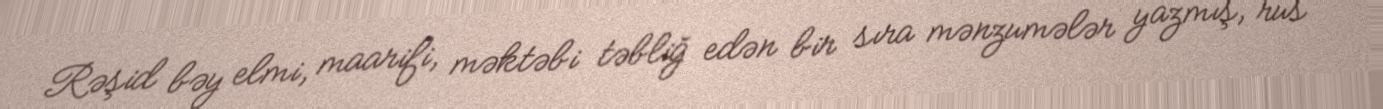
Rəşid bəy elmi, maarifi, məktəbi təbliğ edən bir sıra mənzumələr yazmış, rus